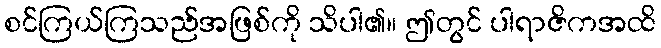
စင်ကြယ်ကြသည်အဖြစ်ကို သိပါ၏။ ဤတွင် ပါရာဇိကအထိ